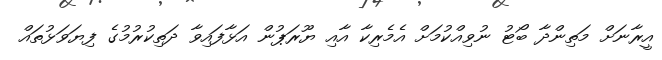
އީރާނަށް މަތިންދާ ބޯޓު ނުވިއްކުމަށް އެމެރިކާ އާއި ޔޫރަޕުން އަޅާފައިވާ ދަތިކުރުމުގެ ފިޔަވަޅުތައް